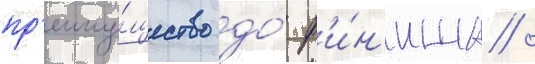
пр'еиму́щество до́ ф'и́н'иша /